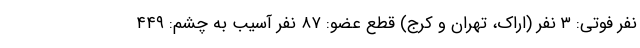
نفر فوتی: ۳ نفر (اراک، تهران و کرج) قطع عضو: ۸۷ نفر آسیب به چشم: ۴۴۹